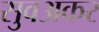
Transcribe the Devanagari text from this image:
सुवअकर